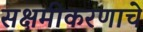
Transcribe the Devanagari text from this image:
सक्षमीकरणाचे